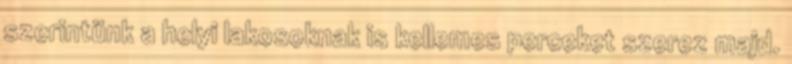
szerintünk a helyi lakosoknak is kellemes perceket szerez majd.